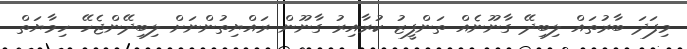
މިފަދަ ބާރުތައް ލިބިދޭ ގާނޫނެއް ތަންފީޒު ކުރާއިރު ގާނޫން ރައްޔިތުންނަށް ލިބިދޭންޖެހޭ ހިމާޔަތް